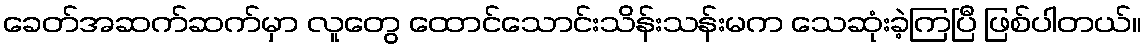
ခေတ်အဆက်ဆက်မှာ လူတွေ ထောင်သောင်းသိန်းသန်းမက သေဆုံးခဲ့ကြပြီ ဖြစ်ပါတယ်။